Indian journal of veterinary science and animal husbandry - Volumes 18-21, 1948-1951
Year: 1948
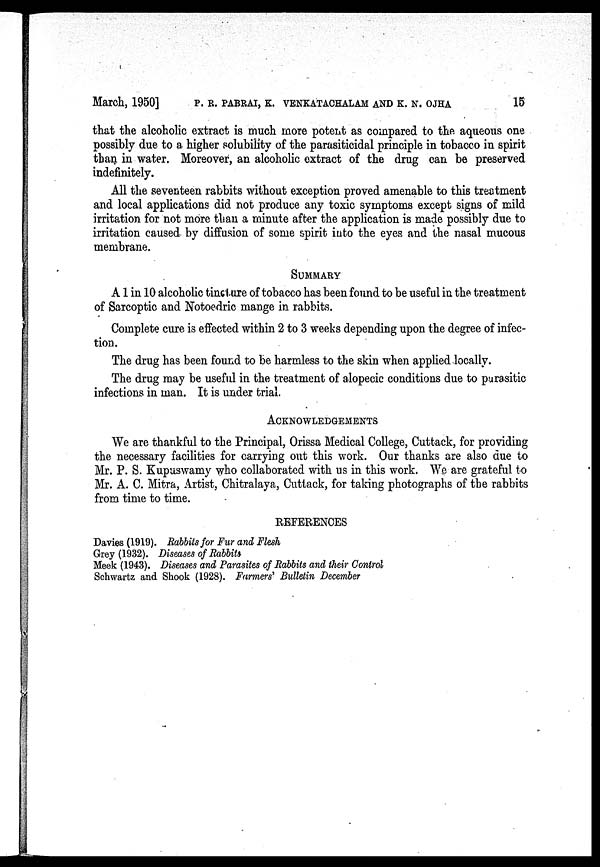
March, 1950] P. R. PABRAI, K. VENKATACHALAM AND K. N. OJHA 15
that the alcoholic extract is much more potent as compared to the aqueous one
possibly due to a higher solubility of the parasiticidal principle in tobacco in spirit
than in water. Moreover, an alcoholic extract of the drug can be preserved
indefinitely.
All the seventeen rabbits without exception proved amenable to this treatment
and local applications did not produce any toxic symptoms except signs of mild
irritation for not more than a minute after the application is made possibly due to
irritation caused by diffusion of some spirit into the eyes and the nasal mucous
membrane.
SUMMARY
A 1 in 10 alcoholic tincture of tobacco has been found to be useful in the treatment
of Sarcoptic and Notoedric mange in rabbits.
Complete cure is effected within 2 to 3 weeks depending upon the degree of infec-
tion.
The drug has been found to be harmless to the skin when applied locally.
The drug may be useful in the treatment of alopecic conditions due to parasitic
infections in man. It is under trial.
ACKNOWLEDGEMENTS
We are thankful to the Principal, Orissa Medical College, Cuttack, for providing
the necessary facilities for carrying out this work. Our thanks are also due to
Mr. P. S. Kupuswamy who collaborated with us in this work. We are grateful to
Mr. A. C. Mitra, Artist, Chitralaya, Cuttack, for taking photographs of the rabbits
from time to time.
REFERENCES
Davies (1919). Rabbits for Fur and Flesh
Grey (1932). Diseases of Rabbits
Meek (1943). Diseases and Parasites of Rabbits and their Control
Schwartz and Shook (1928). Farmers' Bulletin December